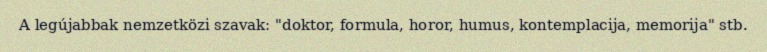
A legújabbak nemzetközi szavak: "doktor, formula, horor, humus, kontemplacija, memorija" stb.